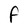
Character: F